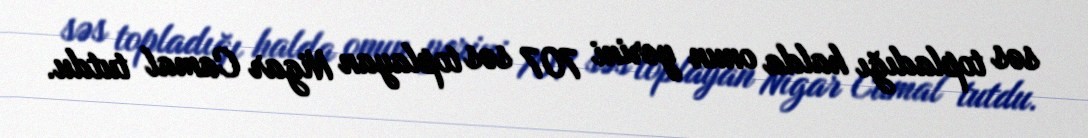
səs topladığı halda onun yerini 707 səs toplayan Nigar Camal tutdu.